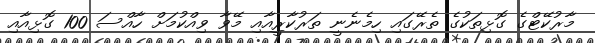
މާރުކޭޓްގެ ގޮޅިތަކުގެ ތެރޭގައި ހިމެނެނީ ތަރުކާރީއާއި މޭވާ ވިއްކުމަށް ހާއްސަ 100 ގޮޅިއާއި